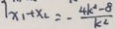
1 x _ { 1 } + x _ { 2 } = - \frac { 4 k ^ { 2 } - 8 } { k ^ { 2 } }